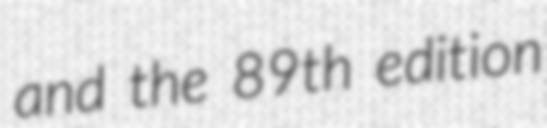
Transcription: and the 89th edition